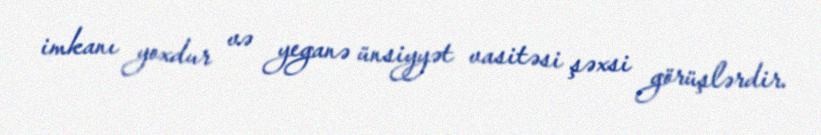
imkanı yoxdur və yeganə ünsiyyət vasitəsi şəxsi görüşlərdir.